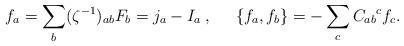
LaTeX: \begin{align*}f_a = \sum_b (\zeta^{-1})_{ab} F_b = j_a - I_a \; , \;\;\;\;\;\{ f_a , f_b \} = - \sum_c {C_{ab}}^c f_c . \end{align*}